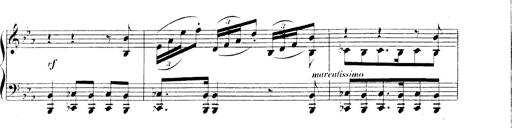
Title: 3 Chansons
Composer: Franz Liszt